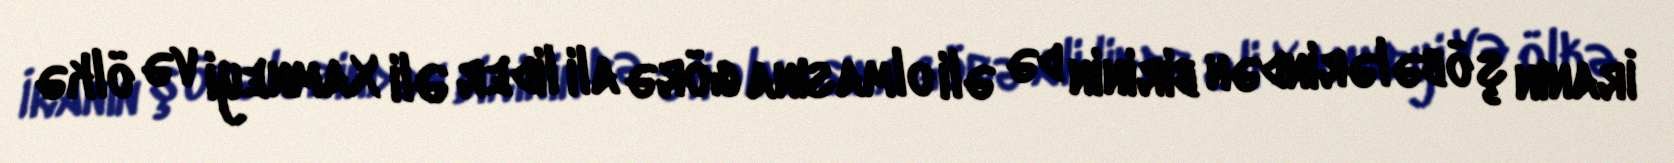
İranın şöbələrindən birinin də əli olmasına görə ali lider Əli Xamneyi və ölkə